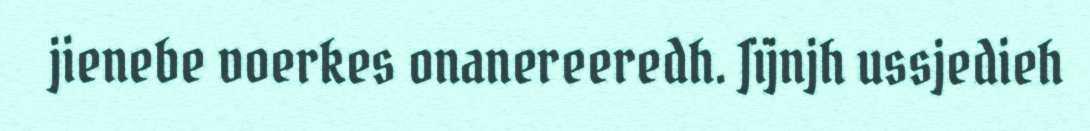
jienebe voerkes onanereeredh. Jïjnjh ussjedieh